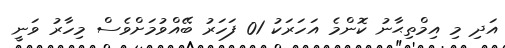
އަދި މި އިމްތިޙާނު ކޮންމެ އަހަރަކު 01 ފަހަރު ބޭއްވުމަށްވެސް މިހާރު ވަނީ